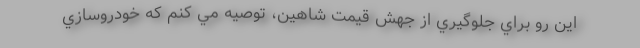
اين رو براي جلوگيري از جهش قيمت شاهين، توصيه مي كنم كه خودروسازي